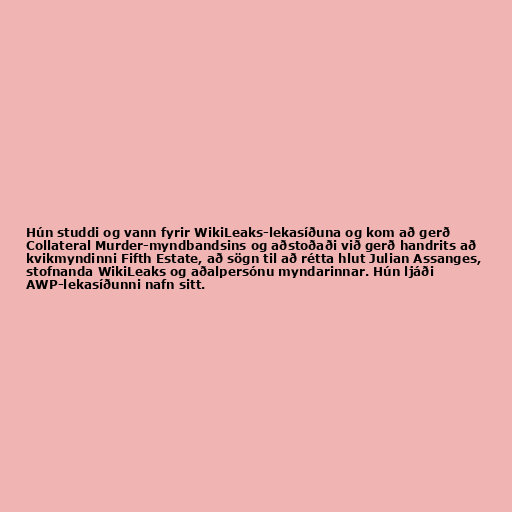
Hún studdi og vann fyrir WikiLeaks-lekasíðuna og kom að gerð
Collateral Murder-myndbandsins og aðstoðaði við gerð handrits að
kvikmyndinni Fifth Estate, að sögn til að rétta hlut Julian Assanges,
stofnanda WikiLeaks og aðalpersónu myndarinnar. Hún ljáði
AWP-lekasíðunni nafn sitt.